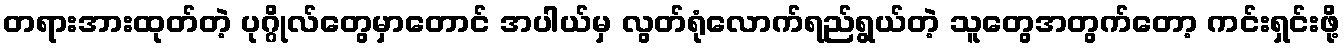
တရားအားထုတ်တဲ့ ပုဂ္ဂိုလ်တွေမှာတောင် အပါယ်မှ လွတ်ရုံလောက်ရည်ရွယ်တဲ့ သူတွေအတွက်တော့ ကင်းရှင်းဖို့